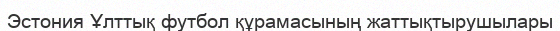
Эстония Ұлттық футбол құрамасының жаттықтырушылары